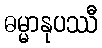
ဓမ္မာနုပဿီ